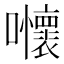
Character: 𡅬